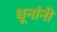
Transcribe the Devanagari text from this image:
धूनांनी